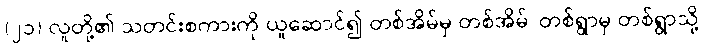
(၂၁) လူတို့၏ သတင်းစကားကို ယူဆောင်၍ တစ်အိမ်မှ တစ်အိမ်၊ တစ်ရွာမှ တစ်ရွာသို့